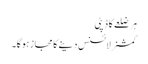
ہر ضلعے کا ڈپٹی
کمشنرلائسنس دینے کا مجاز ہوگا۔